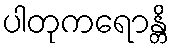
ပါတုကရောန္တိ